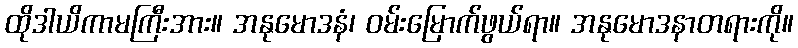
ထိုဒါယိကာမကြီးအား။ အနုမောဒနံ၊ ဝမ်းမြောက်ဖွယ်ရာ။ အနုမောဒနာတရားကို။